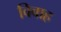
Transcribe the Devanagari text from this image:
विवाह